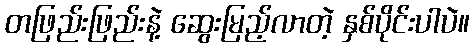
တဖြည်းဖြည်းနဲ့ ဆွေးမြည့်လာတဲ့ နှစ်ပိုင်းပါပဲ။